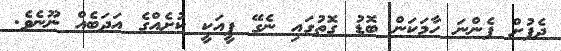
ދެފުށް ފެންނަ ހާމަކަން ބޮޑު ގޮތުގައި ނެގޭ ފީއަކީ ކުށެއްގެ އަދަބެއް ނޫނެވެ.